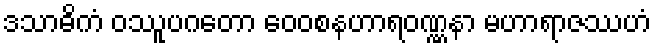
ဒသာဓိကံ ဝဿူပဂတော ဝေဝစနဟာရဝဏ္ဏနာ မဟာရာဇဿဟံ